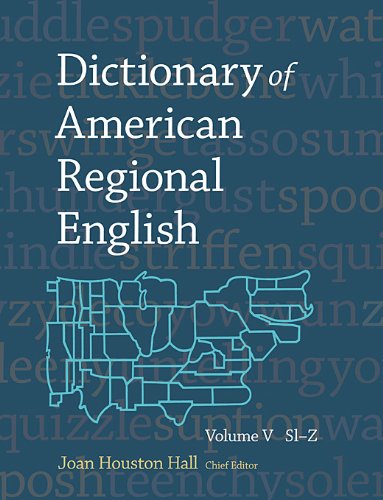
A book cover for Dictionary of American Regional English, Volume V: Sl-Z; Reference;